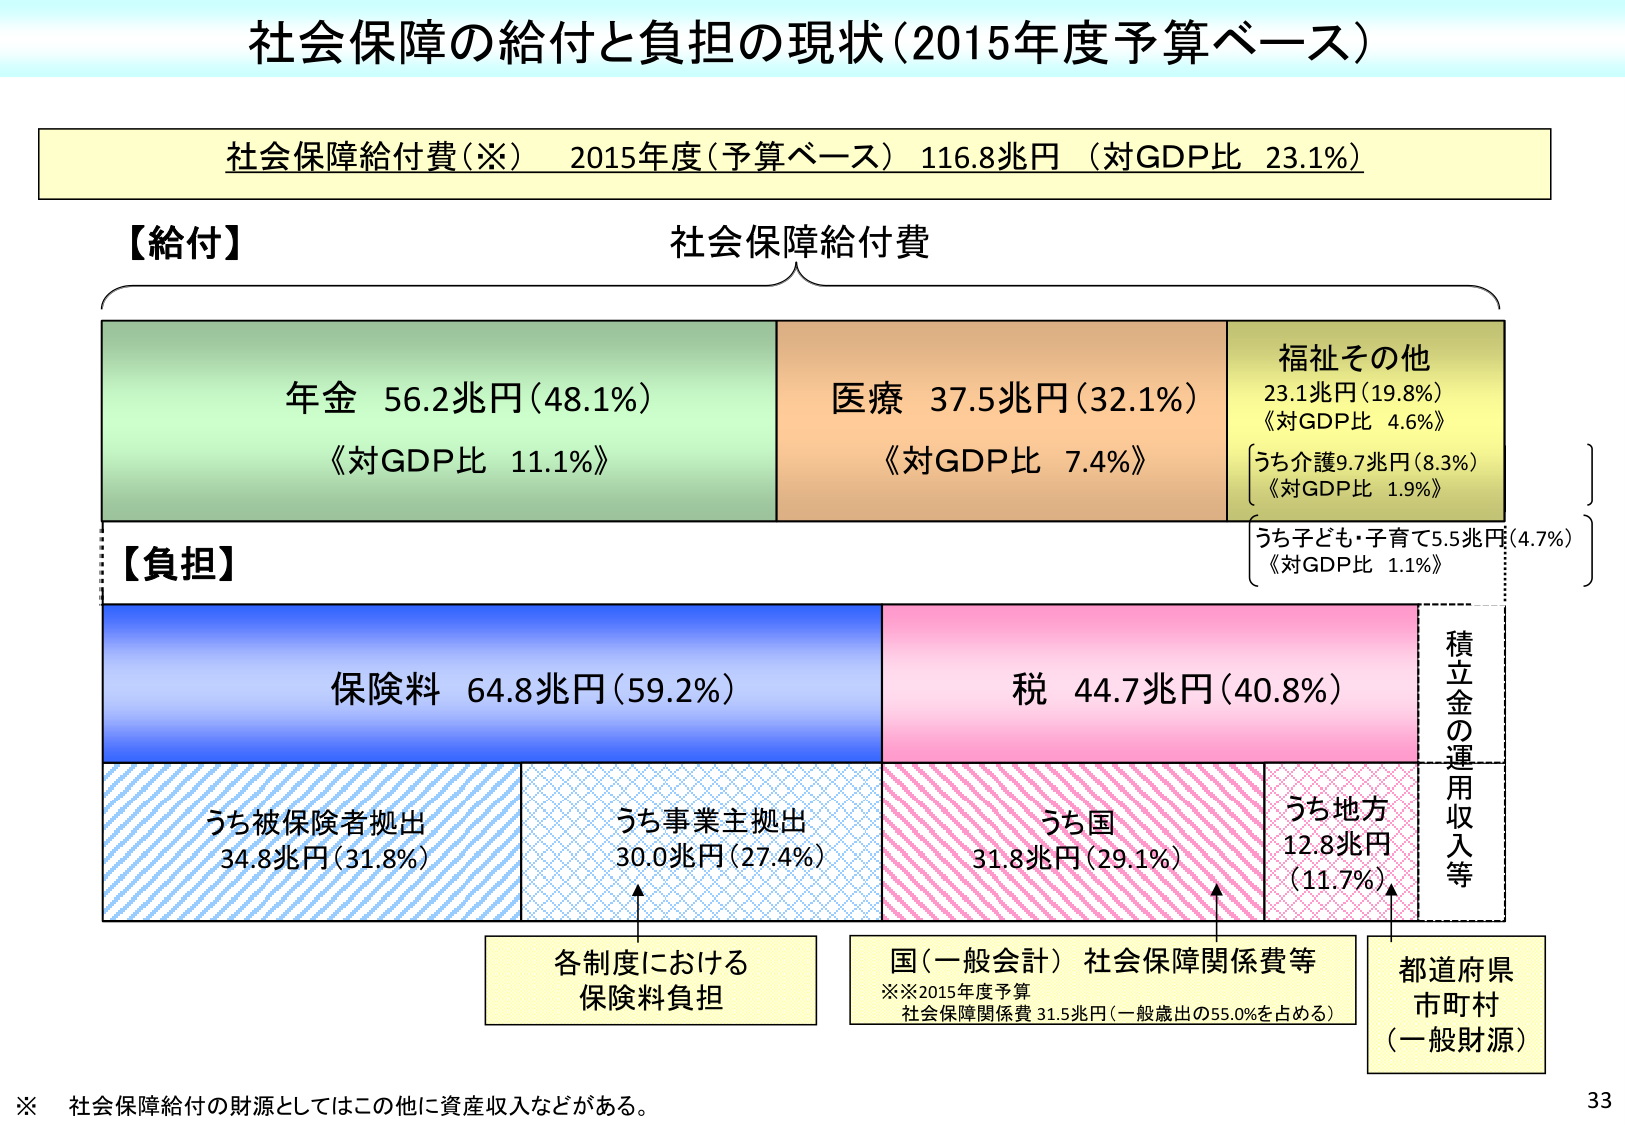
社会保障の給付と負担の現状（2015年度予算ベース）

社会保障給付費（※） 2015年度（予算ベース） 116.8兆円 （対GDP比 23.1%）

【給付】
社会保障給付費

年金 56.2兆円（48.1%）
《対GDP比 11.1%》

医療 37.5兆円（32.1%）
《対GDP比 7.4%》

福祉その他
23.1兆円（19.8%）
《対GDP比 4.6%》
うち介護9.7兆円（8.3%）
《対GDP比 1.9%》
うち子ども・子育て5.5兆円（4.7%）
《対GDP比 1.1%》

【負担】

保険料 64.8兆円（59.2%）
うち被保険者拠出
34.8兆円（31.8%）
うち事業主拠出
30.0兆円（27.4%）

税 44.7兆円（40.8%）
うち国
31.8兆円（29.1%）
うち地方
12.8兆円
（11.7%）

積立金の運用収入等

各制度における
保険料負担

国（一般会計）社会保障関係費等
※※2015年度予算
社会保障関係費 31.5兆円（一般歳出の55.0%を占める）

都道府県
市町村
（一般財源）

※ 社会保障給付の財源としてはこの他に資産収入などがある。

33